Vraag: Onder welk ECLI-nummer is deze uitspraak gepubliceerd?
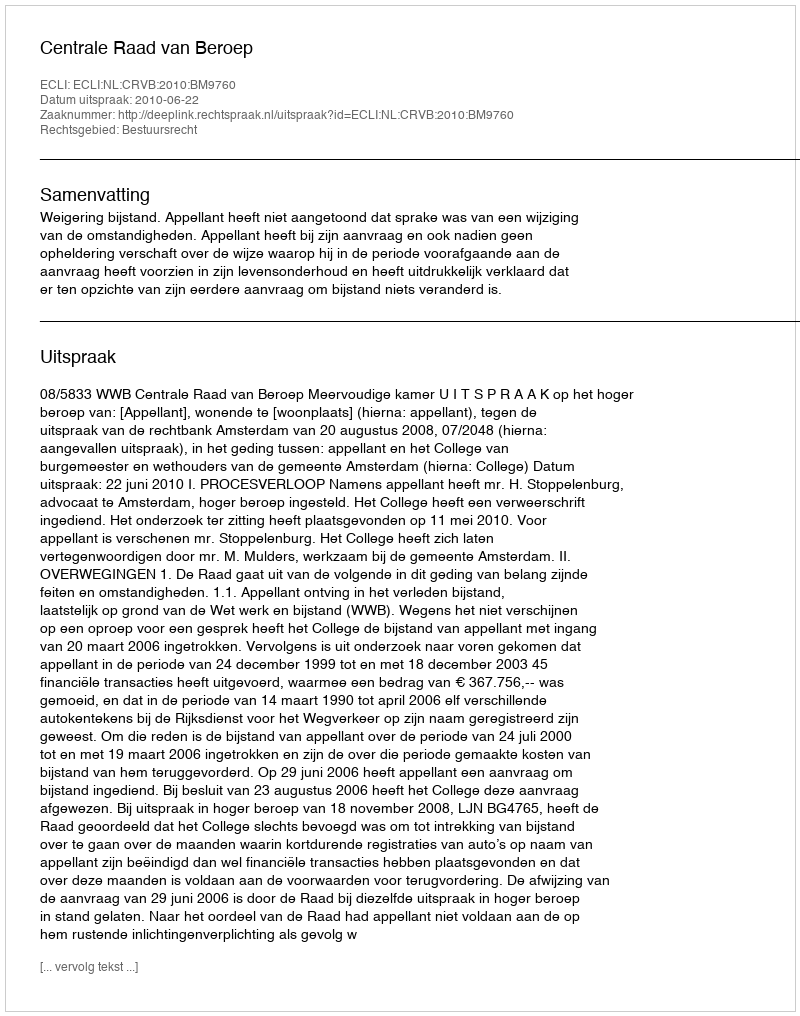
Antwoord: ECLI:NL:CRVB:2010:BM9760